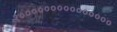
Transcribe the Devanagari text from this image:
१०००००००००००००००